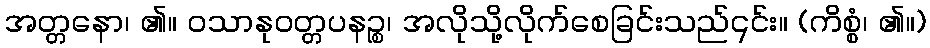
အတ္တနော၊ ၏။ ဝသာနုဝတ္တပနဉ္စ၊ အလိုသို့လိုက်စေခြင်းသည်၎င်း။ (ကိစ္စံ၊ ၏။)